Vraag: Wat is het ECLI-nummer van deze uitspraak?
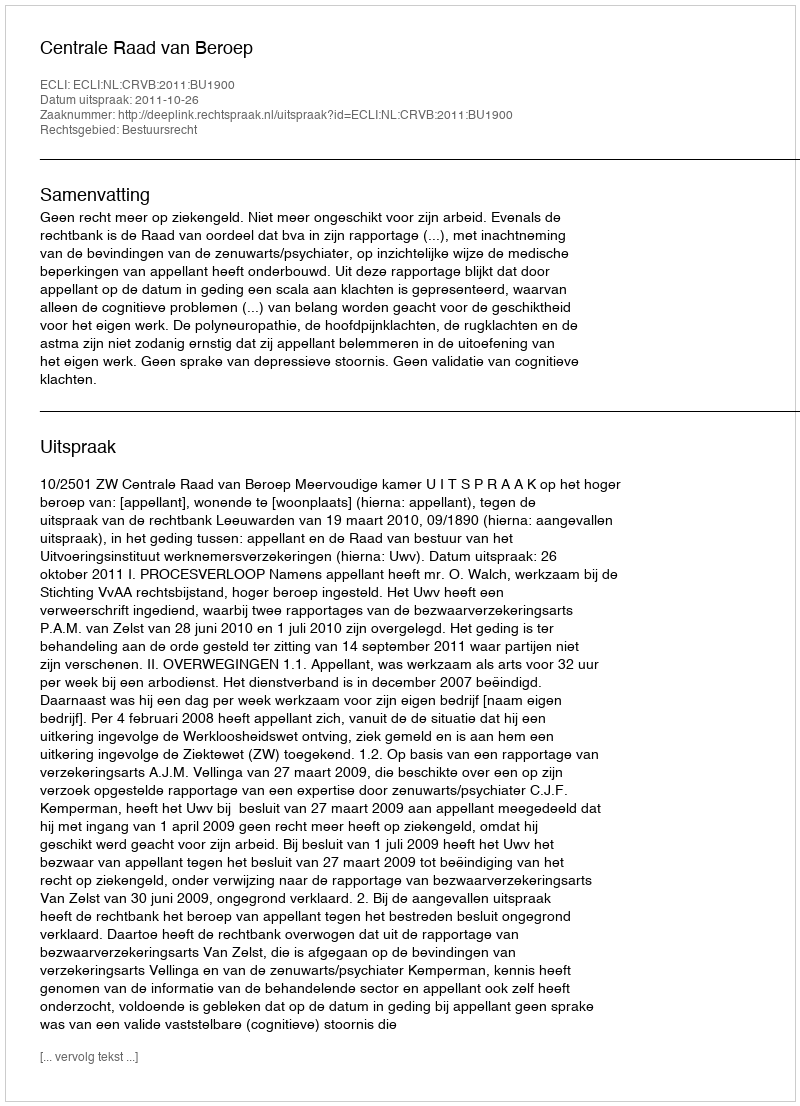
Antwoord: ECLI:NL:CRVB:2011:BU1900